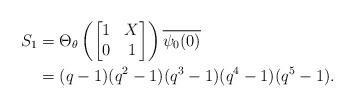
LaTeX: \begin{align*}S_{1} &= \Theta_{\theta} \left (\begin{bmatrix} 1 & X \\ 0 & 1 \end{bmatrix}\right ) \overline{\psi_{0}(0)} \\&= (q-1)(q^{2}-1)(q^{3}-1)(q^4-1)(q^5-1). \end{align*}